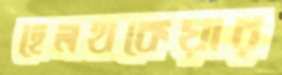
হেলথকেয়ার